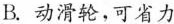
B.动滑轮，可省力